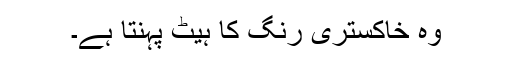
وہ خاکستری رنگ کا ہیٹ پہنتا ہے۔